Sketch of the medical history of the native army of Bombay, for the year
Year: 1876
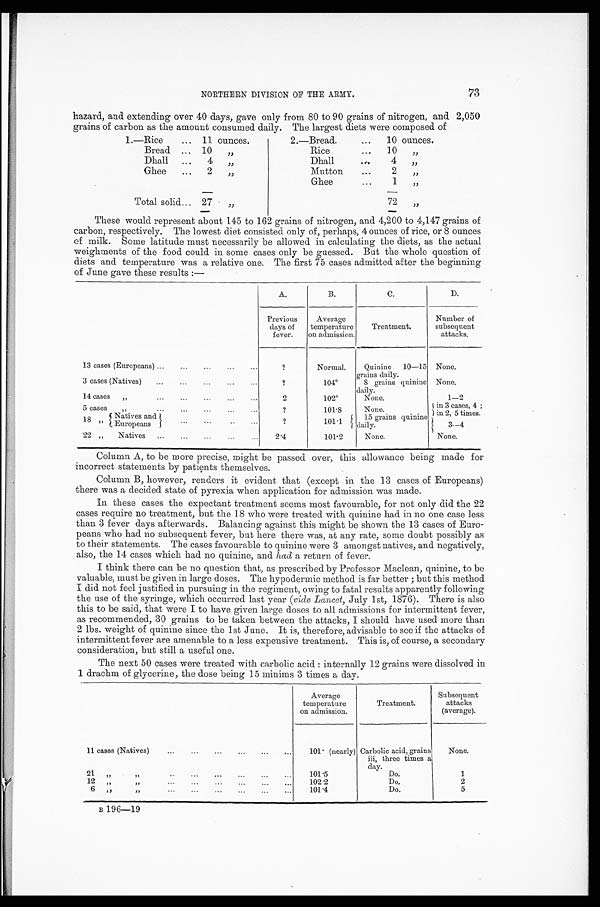
NORTHERN DIVISION OF THE ARMY.
73
hazard, and extending over 40 days, gave only from 80 to 90 grains of nitrogen, and 2,050
grains of carbon as the amount consumed daily. The largest diets were composed of
1.—Rice ... 11 ounces.
2.—Bread.
...
10 ounces.
Bread ... 10
„
Rice
...
10
„
Dhall
...
4
„
Dhall
...
4
„
Ghee
...
2
„
Mutton
...
2
„
Ghee...
1
„
Total solid... 27
„
72
„
These would represent about 145 to 162 grains of nitrogen, and 4,200 to 4,147 grains of
carbon, respectively. The lowest diet consisted only of, perhaps, 4 ounces of rice, or 8 ounces
of milk. Some latitude must necessarily be allowed in calculating the diets, as the actual
weighments of the food could in some cases only be guessed. But the whole question of
diets and temperature was a relative one. The first 75 cases admitted after the beginning
of June gave these results :—
A.
B.
C.
D.
Previous
days of
fever.
Average
temperature
on admission.
Treatment.
Number of
subsequent
attacks.
13 cases (Europeans) ...
...
...
...
...
?
Normal.
Quinine
10—15
grains daily.
None.
3 cases (Natives)
...
......
?
104°8 grains quinine
daily.
None.
14 cases
„
...
. . .
. . .
. . .
. . .
2
102°None.
1—2
5 cases „ • •. ... ... ...
?
1 0 1 . 8
None.
in 3 cases, 4 ;
in 2, 5 times.
18 „
Natives and
?
101.1
15 grains quinine
daily.
3—4
Europeans ...
...
. . .
22 „
Natives
...
...
...
...
...
2.4
101.2
None.
None.
Column A, to be more precise, might be passed over, this allowance being made for
incorrect statements by patients themselves.
Column B, however, renders it evident that (except in the 13 cases of Europeans)
there was a decided state of pyrexia when application for admission was made.
In these cases the expectant treatment seems most favourable, for not only did the 22
cases require no treatment, but the 18 who were treated with quinine had in no one case less
than 3 fever days afterwards. Balancing against this might be shown the 13 cases of Euro-
peans who had no subsequent fever, but here there was, at any rate, some doubt possibly as
to their statements. The cases favourable to quinine were 3 amongst natives, and negatively,
also, the 14 cases which had no quinine, and had a return of fever.
I think there can be no question that, as prescribed by Professor Maclean, quinine, to be
valuable, must be given in large doses. The hypodermic method is far better ; but this method
I did not feel justified in pursuing in the regiment, owing to fatal results apparently following
the use of the syringe, which occurred last year ( vide Lancet, July 1st, 1876). There is also
this to be said, that were I to have given large doses to all admissions for intermittent fever,
as recommended, 30 grains to be taken between the attacks, I should have used more than
2 lbs. weight of quinine since the 1st June. It is, therefore, advisable to see if the attacks of
intermittent fever are amenable to a less expensive treatment. This is, of course, a secondary
consideration, but still a useful one.
The next 50 cases were treated with carbolic acid : internally 12 grains were dissolved in
1 drachm of glycerine, the dose being 15 minims 3 times a day.
Average
temperature
on admission.
Treatment.
Subsequent
attacks
(average).
11 cases (Natives)
...
...
...
...
...
...
101. (nearly) Carbolic acid, grains
iii, three times a
day.
None.
21 „
„ .. ..
.
...
...
...
101.5
Do.
1
12
„
„ ...
...
...
....
...
102.2
D o .
2
6
„ „
...
...
...
...
.,.
...
101.4
Do.
5
B 1 9 6—1 9